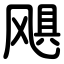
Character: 飓